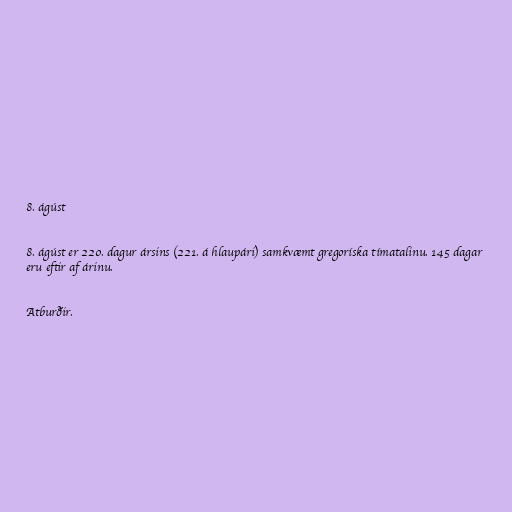
8. ágúst

8. ágúst er 220. dagur ársins (221. á hlaupári) samkvæmt gregoríska tímatalinu. 145 dagar
eru eftir af árinu.

Atburðir.